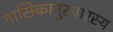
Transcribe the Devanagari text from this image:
नासिकानुस्वारस्य